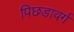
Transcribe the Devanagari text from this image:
पिछडावर्ग